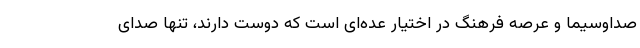
صداوسیما و عرصه فرهنگ در اختیار عده‌ای است که دوست دارند، تنها صدای